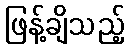
ဖြန့်ချိသည့်